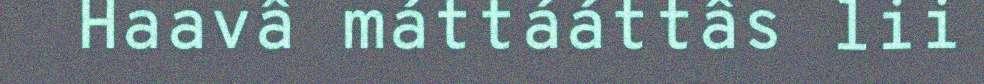
Haavâ máttááttâs lii